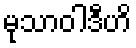
မုသာဝါဒီဟိ